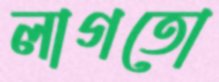
লাগতো